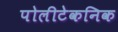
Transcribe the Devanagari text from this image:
पोलीटेकनिक